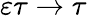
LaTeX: \varepsilon\tau\to\tau